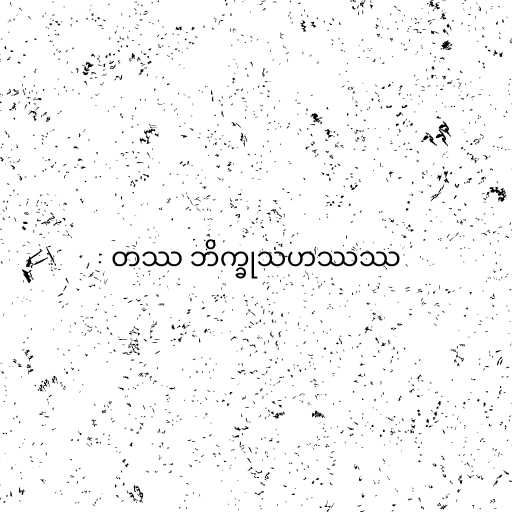
တဿ ဘိက္ခုသဟဿဿ